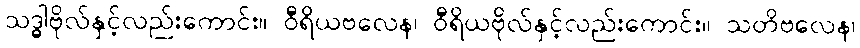
သဒ္ဓါဗိုလ်နှင့်လည်းကောင်း။ ဝီရိယဗလေန၊ ဝီရိယဗိုလ်နှင့်လည်းကောင်း။ သတိဗလေန၊